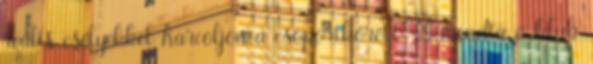
reális esélyekkel harcoljon a csoportkörért” – mondta a klub